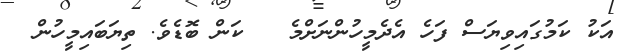
އަކު ކަމުގައިވިޔަސް ފަހެ އެދެމީހުންނަށްމެ   ކަން ބޮޑެވެ. ތިޔަބައިމީހުން